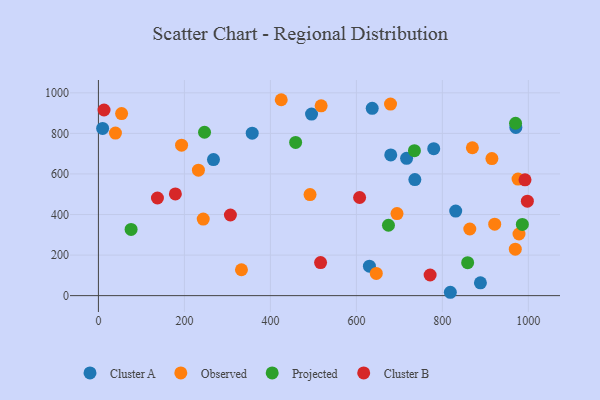
{"axis": {"x": "Study Hours", "y": "Yield"}, "legend": ["Cluster A", "Cluster B", "Observed", "Projected"], "data": [{"x": "267.6", "y": 671.0, "type": "Cluster A"}, {"x": "779.9", "y": 724.4, "type": "Cluster A"}, {"x": "736.0", "y": 572.4, "type": "Cluster A"}, {"x": "818.5", "y": 16.6, "type": "Cluster A"}, {"x": "495.7", "y": 895.4, "type": "Cluster A"}, {"x": "636.8", "y": 923.8, "type": "Cluster A"}, {"x": "888.5", "y": 63.4, "type": "Cluster A"}, {"x": "9.8", "y": 824.6, "type": "Cluster A"}, {"x": "630.3", "y": 145.2, "type": "Cluster A"}, {"x": "357.7", "y": 800.9, "type": "Cluster A"}, {"x": "831.0", "y": 416.8, "type": "Cluster A"}, {"x": "679.9", "y": 693.7, "type": "Cluster A"}, {"x": "716.8", "y": 677.1, "type": "Cluster A"}, {"x": "970.9", "y": 829.2, "type": "Cluster A"}, {"x": "863.8", "y": 328.6, "type": "Observed"}, {"x": "694.5", "y": 404.7, "type": "Observed"}, {"x": "492.2", "y": 498.5, "type": "Observed"}, {"x": "332.7", "y": 127.7, "type": "Observed"}, {"x": "243.8", "y": 377.6, "type": "Observed"}, {"x": "976.0", "y": 574.7, "type": "Observed"}, {"x": "39.6", "y": 801.5, "type": "Observed"}, {"x": "232.6", "y": 618.4, "type": "Observed"}, {"x": "969.6", "y": 228.9, "type": "Observed"}, {"x": "53.9", "y": 897.9, "type": "Observed"}, {"x": "193.4", "y": 741.8, "type": "Observed"}, {"x": "646.3", "y": 109.4, "type": "Observed"}, {"x": "518.0", "y": 935.8, "type": "Observed"}, {"x": "921.7", "y": 352.4, "type": "Observed"}, {"x": "425.2", "y": 966.0, "type": "Observed"}, {"x": "978.2", "y": 304.0, "type": "Observed"}, {"x": "915.2", "y": 675.6, "type": "Observed"}, {"x": "869.8", "y": 729.1, "type": "Observed"}, {"x": "679.4", "y": 944.4, "type": "Observed"}, {"x": "674.6", "y": 347.2, "type": "Projected"}, {"x": "458.7", "y": 755.4, "type": "Projected"}, {"x": "76.0", "y": 326.5, "type": "Projected"}, {"x": "735.0", "y": 715.0, "type": "Projected"}, {"x": "246.8", "y": 805.7, "type": "Projected"}, {"x": "986.0", "y": 351.2, "type": "Projected"}, {"x": "970.2", "y": 850.0, "type": "Projected"}, {"x": "858.8", "y": 162.5, "type": "Projected"}, {"x": "307.0", "y": 397.7, "type": "Cluster B"}, {"x": "607.5", "y": 484.0, "type": "Cluster B"}, {"x": "13.1", "y": 915.3, "type": "Cluster B"}, {"x": "992.2", "y": 571.2, "type": "Cluster B"}, {"x": "997.7", "y": 465.9, "type": "Cluster B"}, {"x": "516.7", "y": 162.8, "type": "Cluster B"}, {"x": "179.0", "y": 501.7, "type": "Cluster B"}, {"x": "771.5", "y": 101.8, "type": "Cluster B"}, {"x": "137.3", "y": 481.5, "type": "Cluster B"}]}